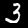
Label: 3